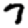
Digit: 7